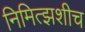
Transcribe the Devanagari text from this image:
निमित्झशीच